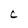
Character: C